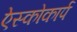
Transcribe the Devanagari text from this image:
ऐस्कोकार्प